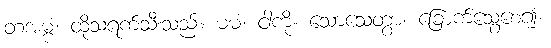
တံအမ္ဗံ၊ ထိုသရက်သီးသည်။ မမံ၊ ငါကို။ သောသေတွာ၊ ခြောက်သွေ့စေ၍။